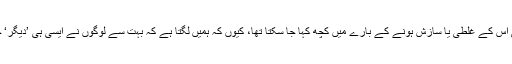
اگر یہ تفصیل پتا چل جاتی، تو ہی اس کے غلطی یا سازش ہونے کے بارے میں کچھ کہا جا سکتا تھا، کیوں کہ ہمیں لگتا ہے کہ بہت سے لوگوں نے ایسی ہی ’دیگر‘ جگہوں کو اپنا ’’قبلہ‘‘ مانا ہوا ہے۔